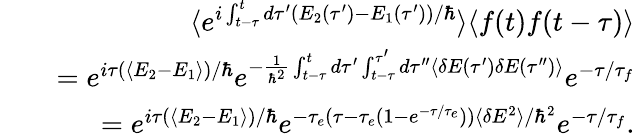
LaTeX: \begin{array}{rlr}&{}&{\langle e^{i\int_{t-\tau}^{t}d\tau^{\prime}(E_{2}(\tau^{\prime})-E_{1}(\tau^{\prime}))/\hbar}\rangle\langle f(t)f(t-\tau)\rangle}\\ &{}&{=e^{i\tau(\langle E_{2}-E_{1}\rangle)/\hbar}e^{-\frac{1}{\hbar^{2}}\int_{t-\tau}^{t}d\tau^{\prime}\int_{t-\tau}^{\tau^{\prime}}d\tau^{\prime\prime}\langle\delta E(\tau^{\prime})\delta E(\tau^{\prime\prime})\rangle}e^{-\tau/\tau_{f}}}\\ &{}&{=e^{i\tau(\langle E_{2}-E_{1}\rangle)/\hbar}e^{-\tau_{e}(\tau-\tau_{e}(1-e^{-\tau/\tau_{e}}))\langle\delta E^{2}\rangle/\hbar^{2}}e^{-\tau/\tau_{f}}.}\end{array}